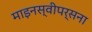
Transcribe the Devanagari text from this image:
माइनस्वीपर्सना